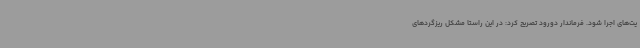
یت‌های اجرا شود. فرماندار دورود تصریح کرد: در این راستا مشکل ریزگردهای